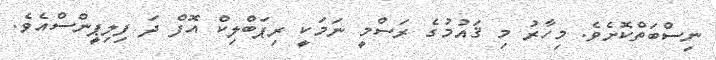
ނިސްބަތްކޮށެވެ. މިހާރު މި ޤައުމުގެ ރަސްމީ ނަމަކީ ރިޕަބްލިކް އޮފް ދަ ފިލިޕީންސްއެވެ.